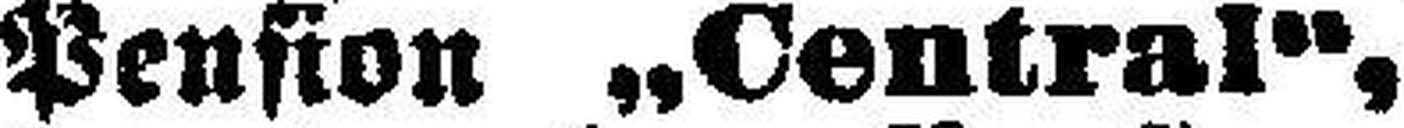
Pension „Central“,